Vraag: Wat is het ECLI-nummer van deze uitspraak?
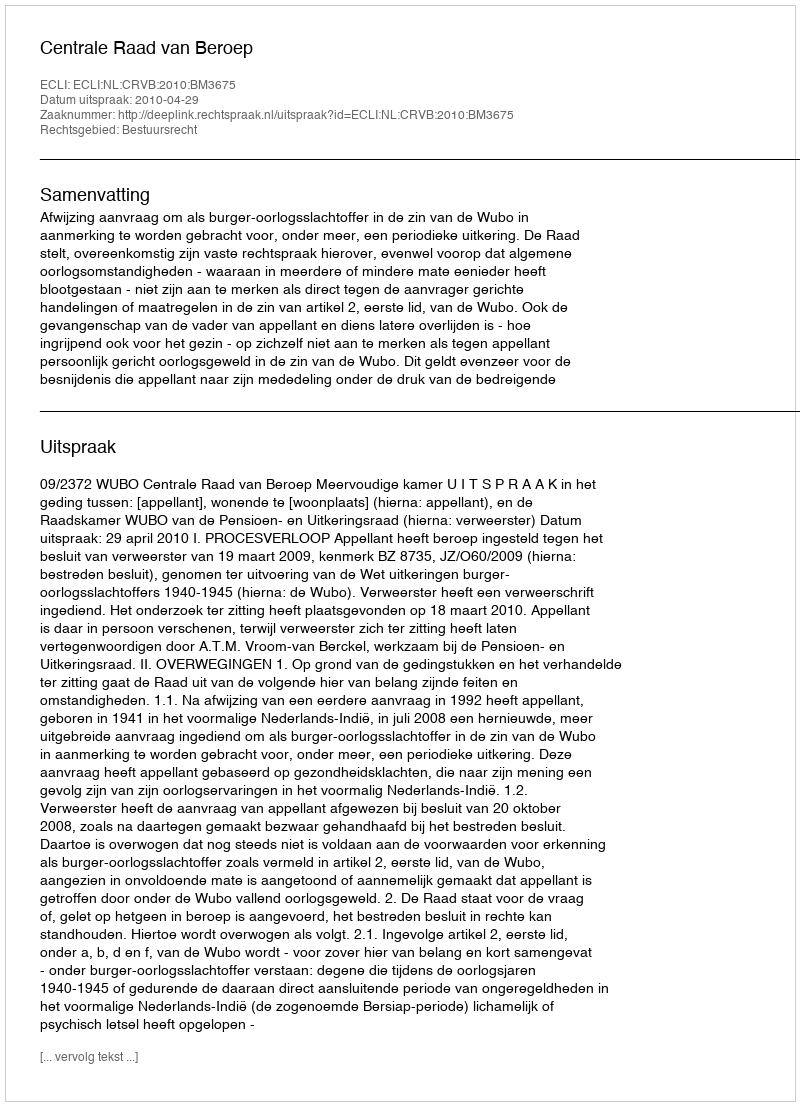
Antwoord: ECLI:NL:CRVB:2010:BM3675